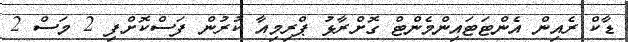
ޑާކް ރެއިން އެންޓަޓައިންމެންޓް ގޮށްރާޅު ޕްރިމިއާ ކުރުން ފަސްކޮށްފި 2 މަސް 2